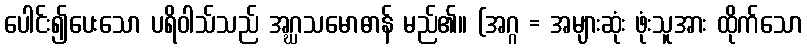
ပေါင်း၍ပေးသော ပရိဝါသ်သည် အဂ္ဃသမောဓာန် မည်၏။ (အဂ္ဂ = အများဆုံး ဖုံးသူအား ထိုက်သော